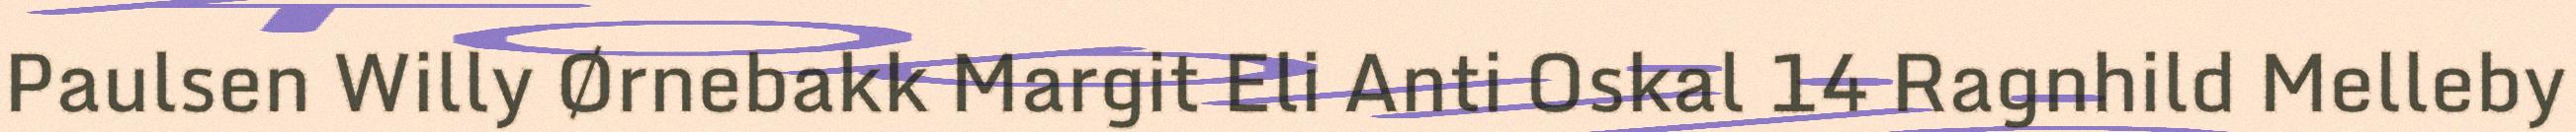
Paulsen Willy Ørnebakk Margit Eli Anti Oskal 14 Ragnhild Melleby